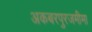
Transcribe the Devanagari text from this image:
अकबरपुरजमीमा